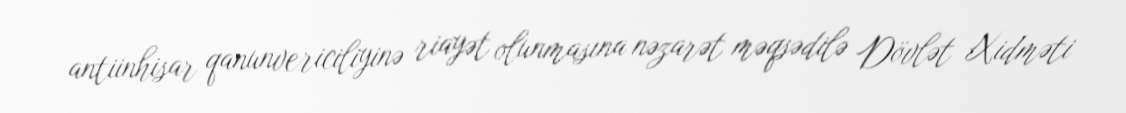
antiinhisar qanunvericiliyinə riayət olunmasına nəzarət məqsədilə Dövlət Xidməti